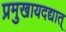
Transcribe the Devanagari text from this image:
प्रमुखायदद्यात्